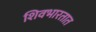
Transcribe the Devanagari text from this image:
शिवभारतात